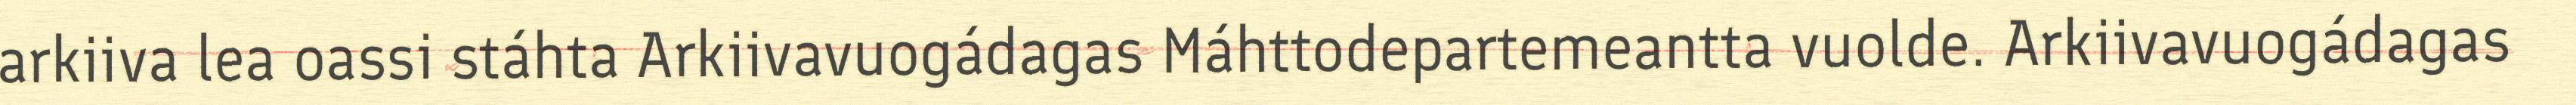
arkiiva lea oassi stáhta Arkiivavuogádagas Máhttodepartemeantta vuolde. Arkiivavuogádagas